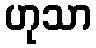
ဟုသာ